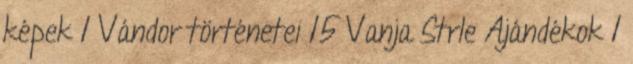
képek 1 Vándor történetei 15 Vanja Strle Ajándékok 1